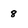
Character: 8